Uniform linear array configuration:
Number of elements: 16
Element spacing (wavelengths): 0.75
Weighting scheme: binomial
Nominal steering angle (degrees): -30
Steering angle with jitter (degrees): -28.652
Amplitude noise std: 0.05
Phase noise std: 0.05

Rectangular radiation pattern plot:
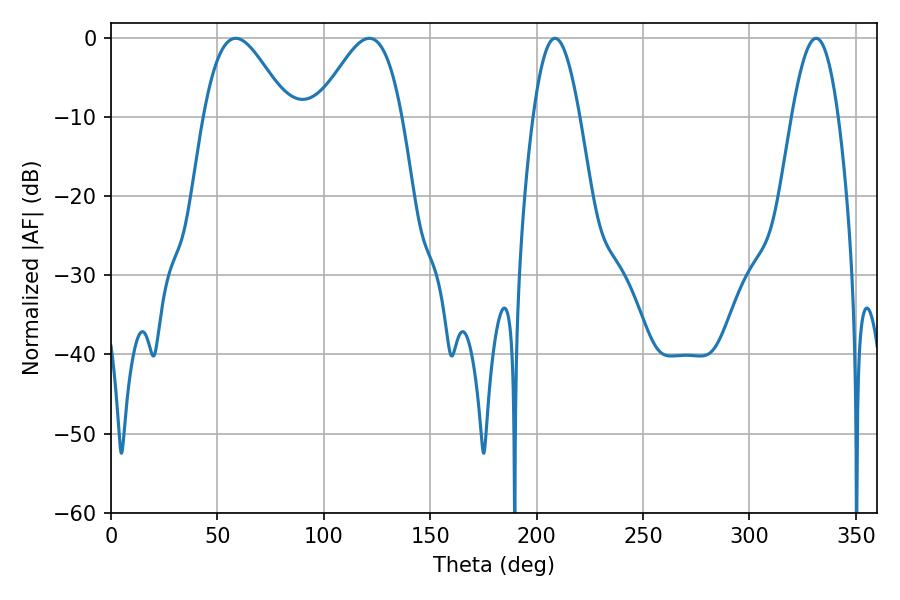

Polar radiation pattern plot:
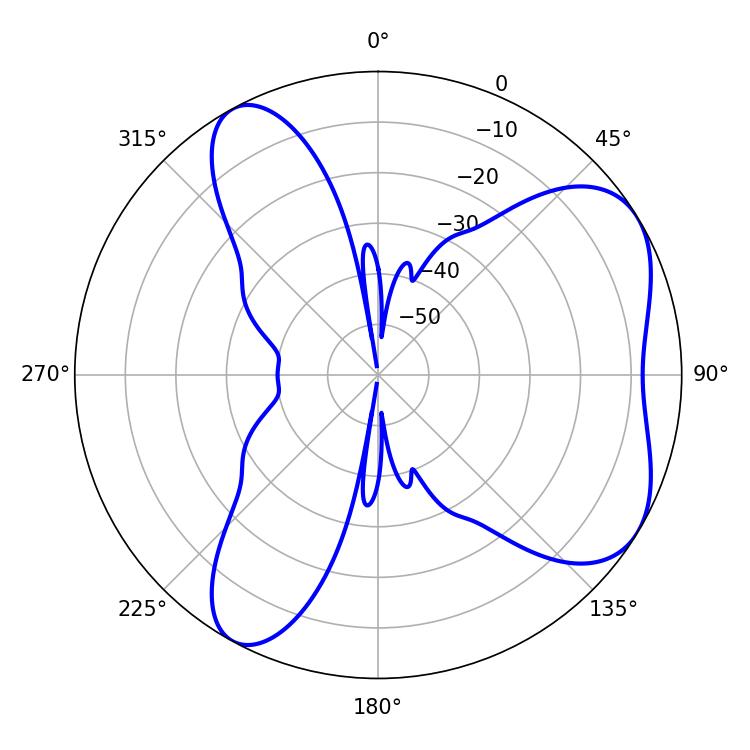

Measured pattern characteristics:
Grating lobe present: TRUE
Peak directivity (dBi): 5.853
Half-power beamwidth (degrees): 21.24
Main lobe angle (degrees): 58.68